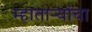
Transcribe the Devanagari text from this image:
म्हाताऱ्यांचा